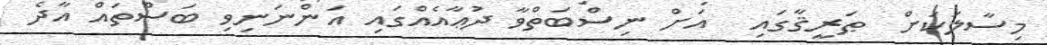
މިސާލަކަށް  ޠަރީޤާގައި  އަށް ނިސްބަތްވާ ދުޢާއެއްގައި އަންނަނިވި ބަސްތައް އާދެ